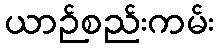
ယာဉ်စည်းကမ်း